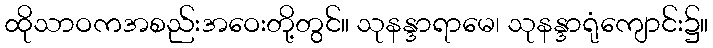
ထိုသာဝကအစည်းအဝေးတို့တွင်။ သုနန္ဒာရာမေ၊ သုနန္ဒာရုံကျောင်း၌။